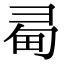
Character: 𢑜